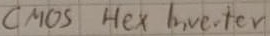
Text: CMOS Hex Inverter